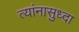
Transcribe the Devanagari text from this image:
त्यांनासुध्दा